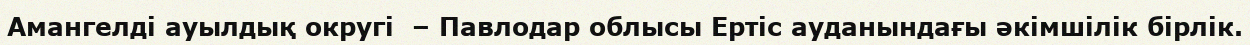
Амангелді ауылдық округі  – Павлодар облысы Ертіс ауданындағы әкімшілік бірлік.